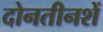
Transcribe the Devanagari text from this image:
दोनतीनशें